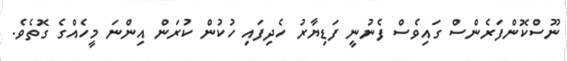
ނޫސްކޮންފަރެންސް ގައިވެސް ފެނުނީ ފަޑިޔާރު ހެދިފައި ހުކުން ކުރަން އިންނަ މީހެއްގެ ގޮތެވެ.